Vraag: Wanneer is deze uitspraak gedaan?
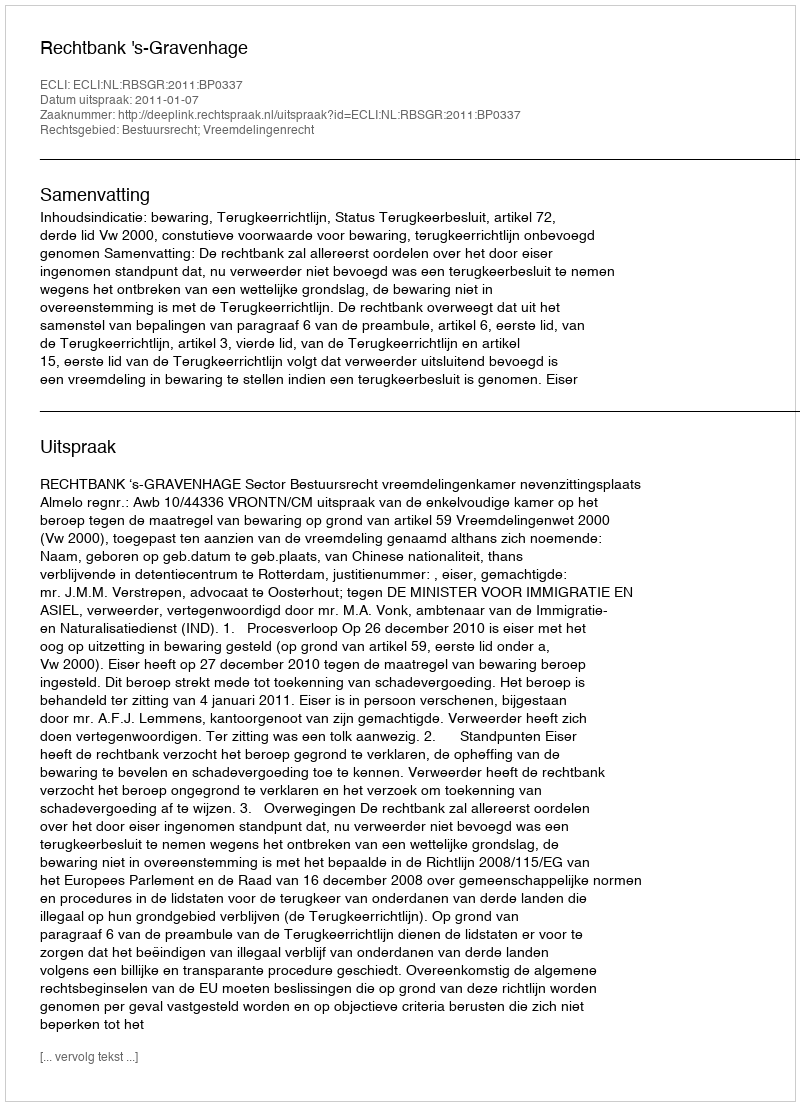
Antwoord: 2011-01-07